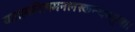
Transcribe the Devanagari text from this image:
यातावनिलमनलस्कन्धवपुषः।।